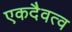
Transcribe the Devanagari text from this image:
एकदैवत्व